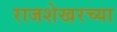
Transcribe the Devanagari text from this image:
राजशेखरच्या